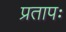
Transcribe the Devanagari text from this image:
प्रतापः